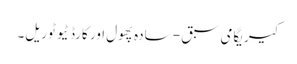
کیریگامی سبق - سادہ پھول اور کارڈ ٹیوٹوریل۔